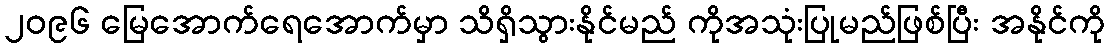
၂၀၉၆ မြေအောက်ရေအောက်မှာ သိရှိသွားနိုင်မည် ကိုအသုံးပြုမည်ဖြစ်ပြီး အနိုင်ကို